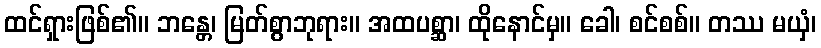
ထင်ရှားဖြစ်၏။ ဘန္တေ၊ မြတ်စွာဘုရား။ အထပစ္ဆာ၊ ထိုနောင်မှ။ ခေါ၊ စင်စစ်။ တဿ မယှံ၊